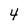
Character: 4